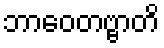
ဘာဝေတဗ္ဗာတိ